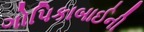
ગોપિકાબાઈની